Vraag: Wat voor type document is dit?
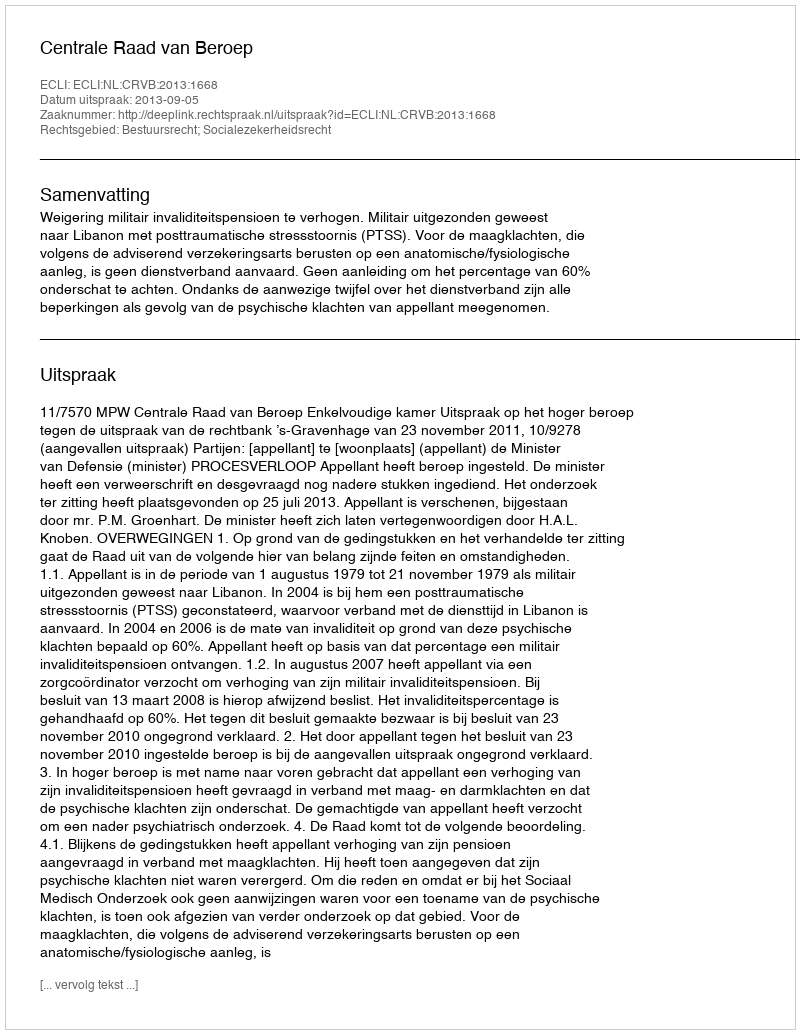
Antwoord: Uitspraak